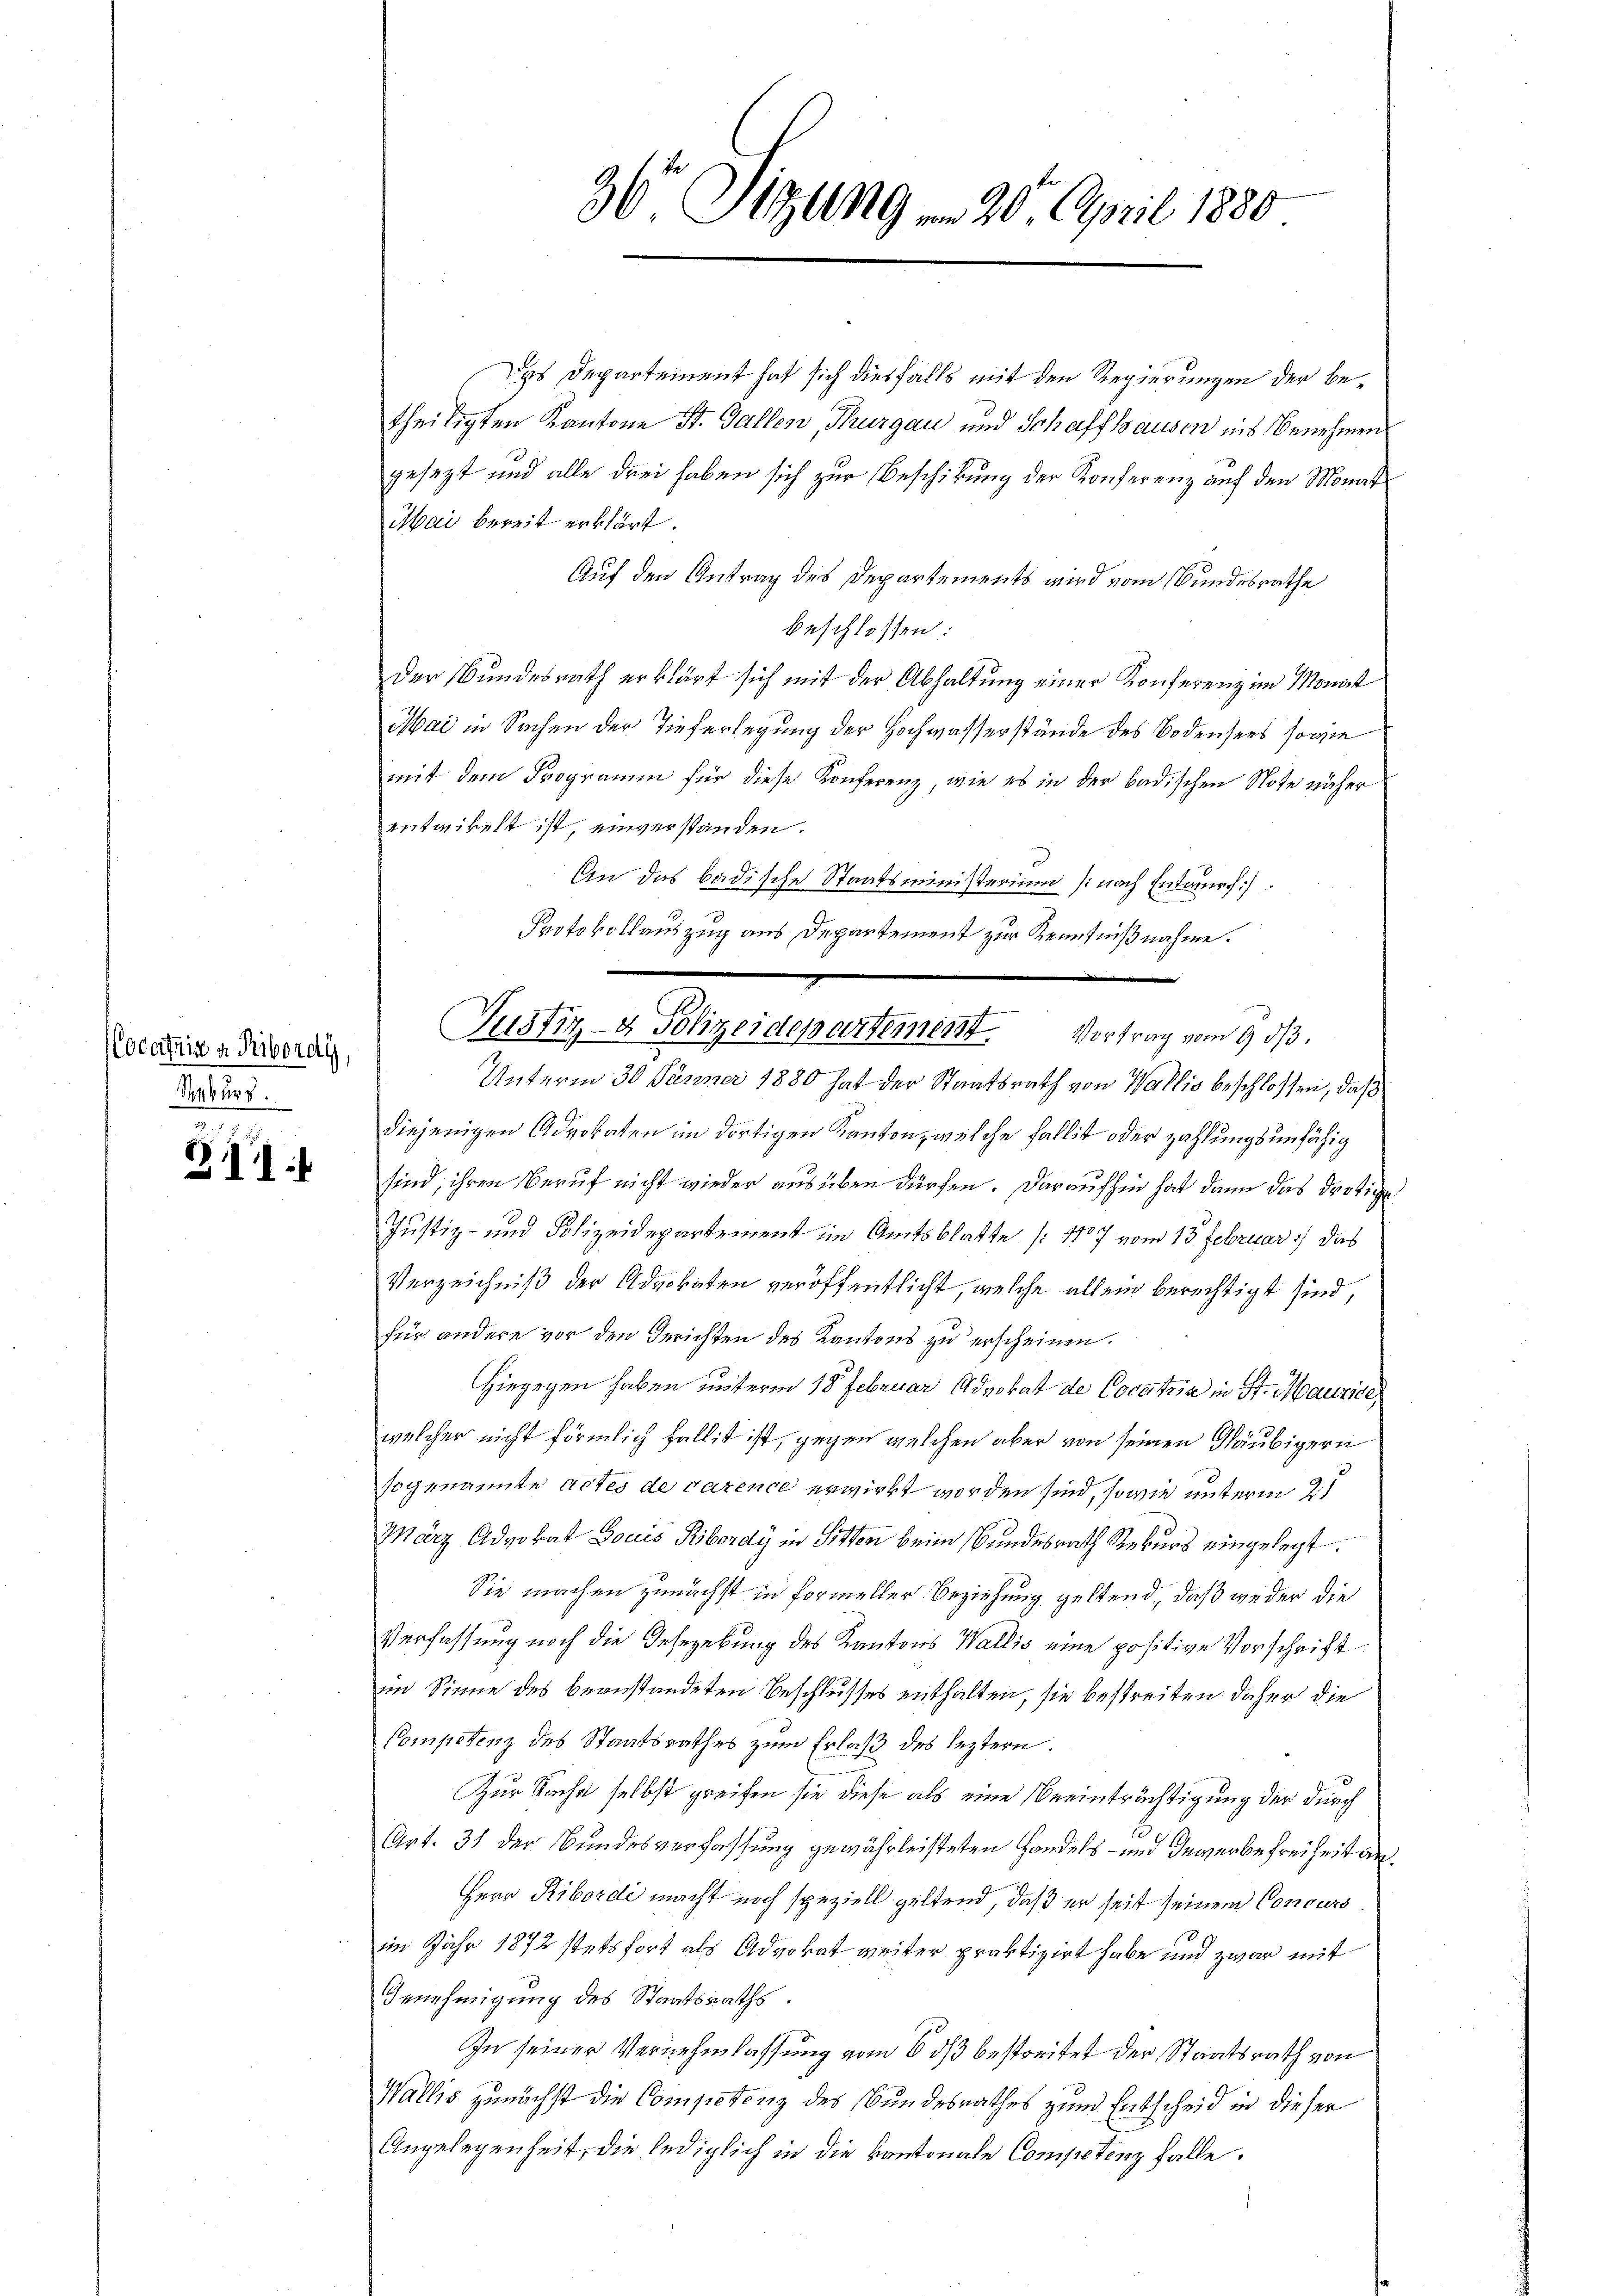
Cocarfnis a Ribordi,
Rekurs.

21:

36 Sizung am 20. April 1880

s Departement hat sich diesfalls mit den Regierungen der betheiligten Kantone St. Gallen, Thurgau und Schaffhausen ins Benehmen
gesezt und alle drei haben sich zur Beschikung der Konferenz auf den Monat
Mai bereit erklärt.
Auf den Antrag des Departements wird vom Bundesrathe
beschlossen:
der Bundesrath erklärt sich mit der Abhaltung einer Konferenz im Monat
Mai in Sachen der Tieferlegung der Hochwasserstände des Bodensees, sowie
mit dem Programm für diese Konferenz, wie es in der badischen Note näher
entwickelt ist, einverstanden.
An das badische Staatsministerium (nach Entwurf.
Protokollauszug aus Departement zur Kenntnißnahme.
Unterm 30. Jänner 1880 hat der Staatsrath von Wallis beschlossen, daß
diejenigen Advokaten im dortigen Kanton, welche Fallit oder zahlungsunfähig
sind, ihren Beruf nicht wieder ausüben dürfen. Daraufhin hat dann das Drotige
Justiz- und Polizeidepartement im Amtsblatte (1707 vom 13. Februar das
Verzeichniß der Advokaten veröffentlicht, welche allein berechtigt sind,
für andere vor den Gerichten des Kantons zu erscheinen.
Hiegegen haben unterm 18 Februar Advokat de Cocatria in St. Maurice,
welcher nicht förmlich fallit ist, gegen welchen aber von seinen Gläubigern
sogenannte actes de carence erwirkt worden sind, sowie unterm 21
März Advokat Louis Ribordy in Sitten beim Bundesrath Rekurs eingelegt.
Sie machen zunächst in formeller Beziehung geltend, daß weder die
Verfassung noch die Gesezebung des Kantons Wallis eine positive Vorschrift
im Sinne des beanstandeten Beschlusses enthalten, sie bestreiten daher die
Competenz des Staatsrathes zum Erlaß des leztern.
Zur Sache selbst greifen sie diese als eine Beeinträchtigung der durch
Art. 31 der Bundesverfassung gewährleisteten Handels- und Gewerbefreiheit an.
Herr Ribordi macht noch speziell geltend, daß er seit seinem Concurs
im Jahr 1872 stetsfort als Advokat weiter praktizirt habe und zwar mit
Genehmigung des Staatsraths.
In seiner Vernehmlassung vom 6. ds bestreitet der Staatsrath von
Wallis zunächst die Competenz des Bundesrathes zum Entscheid in dieser
Angelegenheit, die lediglich in die kantonale Competenz falle.

Justiz- & Polizeidepartement. Vortrag vom 9. dβ.